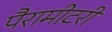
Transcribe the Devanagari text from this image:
पैरामीटरी